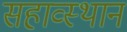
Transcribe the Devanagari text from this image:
सहाव्स्थान